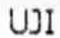
UJI